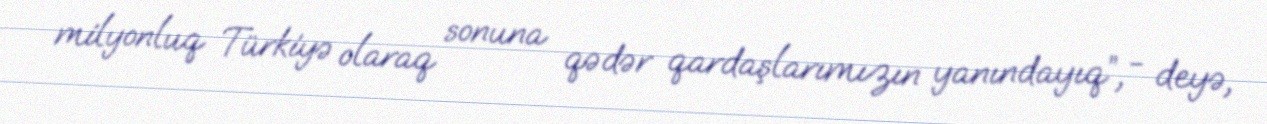
milyonluq Türkiyə olaraq sonuna qədər qardaşlarımızın yanındayıq”, - deyə,